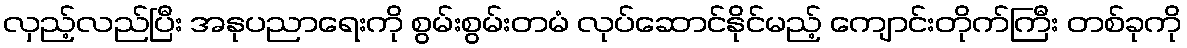
လှည့်လည်ပြီး အနုပညာရေးကို စွမ်းစွမ်းတမံ လုပ်ဆောင်နိုင်မည့် ကျောင်းတိုက်ကြီး တစ်ခုကို